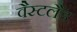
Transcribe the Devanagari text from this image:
वैस्टलैंड